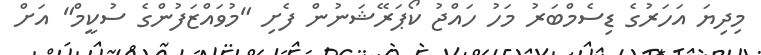
މިދިޔަ އަހަރުގެ ޑިސެމްބަރު މަހު ހައްޖު ކޯޕަރޭޝަނުން ފެށި "މުވައްޒަފުންގެ ސުކީމް" އަށް